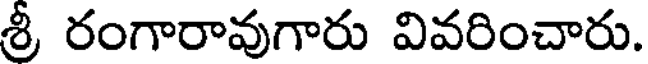
శ్రీ రంగారావుగారు వివరించారు.